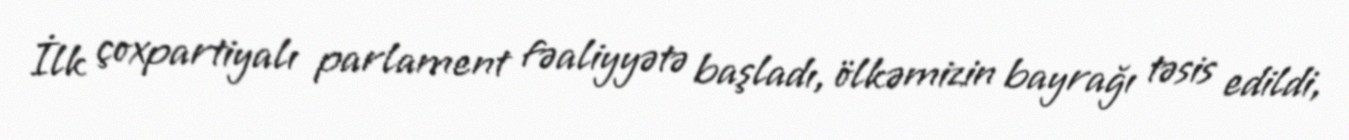
İlk çoxpartiyalı parlament fəaliyyətə başladı, ölkəmizin bayrağı təsis edildi,